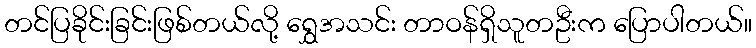
တင်ပြခိုင်းခြင်းဖြစ်တယ်လို့ ရွှေအသင်း တာဝန်ရှိသူတဦးက ပြောပါတယ်။